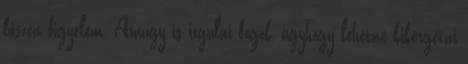
bőszen figyelem. Amúgy is izgulni fogok, úgyhogy lehetne kikergetni